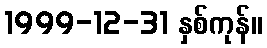
1999-12-31 နှစ်ကုန်။